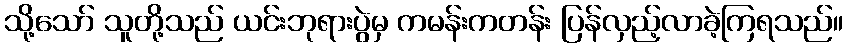
သို့သော် သူတို့သည် ယင်းဘုရားပွဲမှ ကမန်းကတန်း ပြန်လှည့်လာခဲ့ကြရသည်။